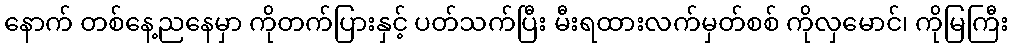
နောက် တစ်နေ့ညနေမှာ ကိုတက်ပြားနှင့် ပတ်သက်ပြီး မီးရထားလက်မှတ်စစ် ကိုလှမောင်၊ ကိုမြကြီး